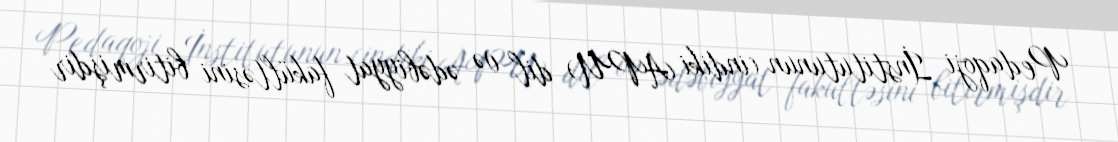
Pedaqoji İnstitutunun (indiki APU) dil və ədəbiyyat fakültəsini bitirmişdir